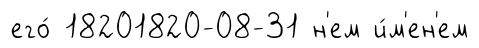
его́ 18201820-08-31 н'ем и́м'ен'ем